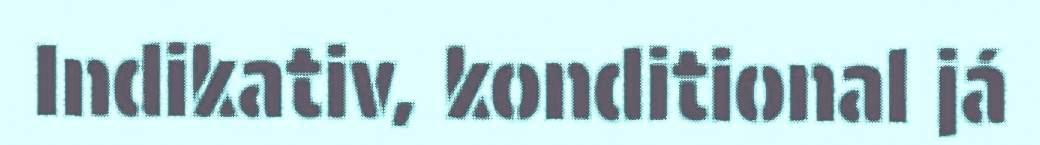
Indikativ, konditional já